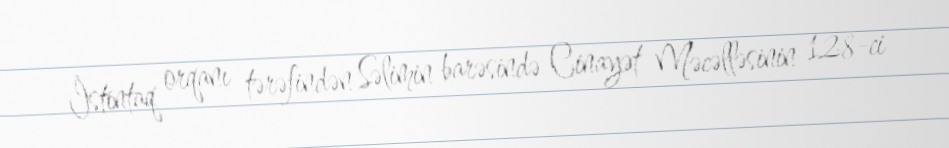
İstintaq orqanı tərəfindən Səlimin barəsində Cinayət Məcəlləsinin 128-ci